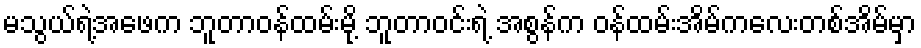
မသွယ်ရဲ့အဖေက ဘူတာဝန်ထမ်းမို့ ဘူတာဝင်းရဲ့ အစွန်က ဝန်ထမ်းအိမ်ကလေးတစ်အိမ်မှာ